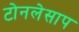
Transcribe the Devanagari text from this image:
टोनलेसाप